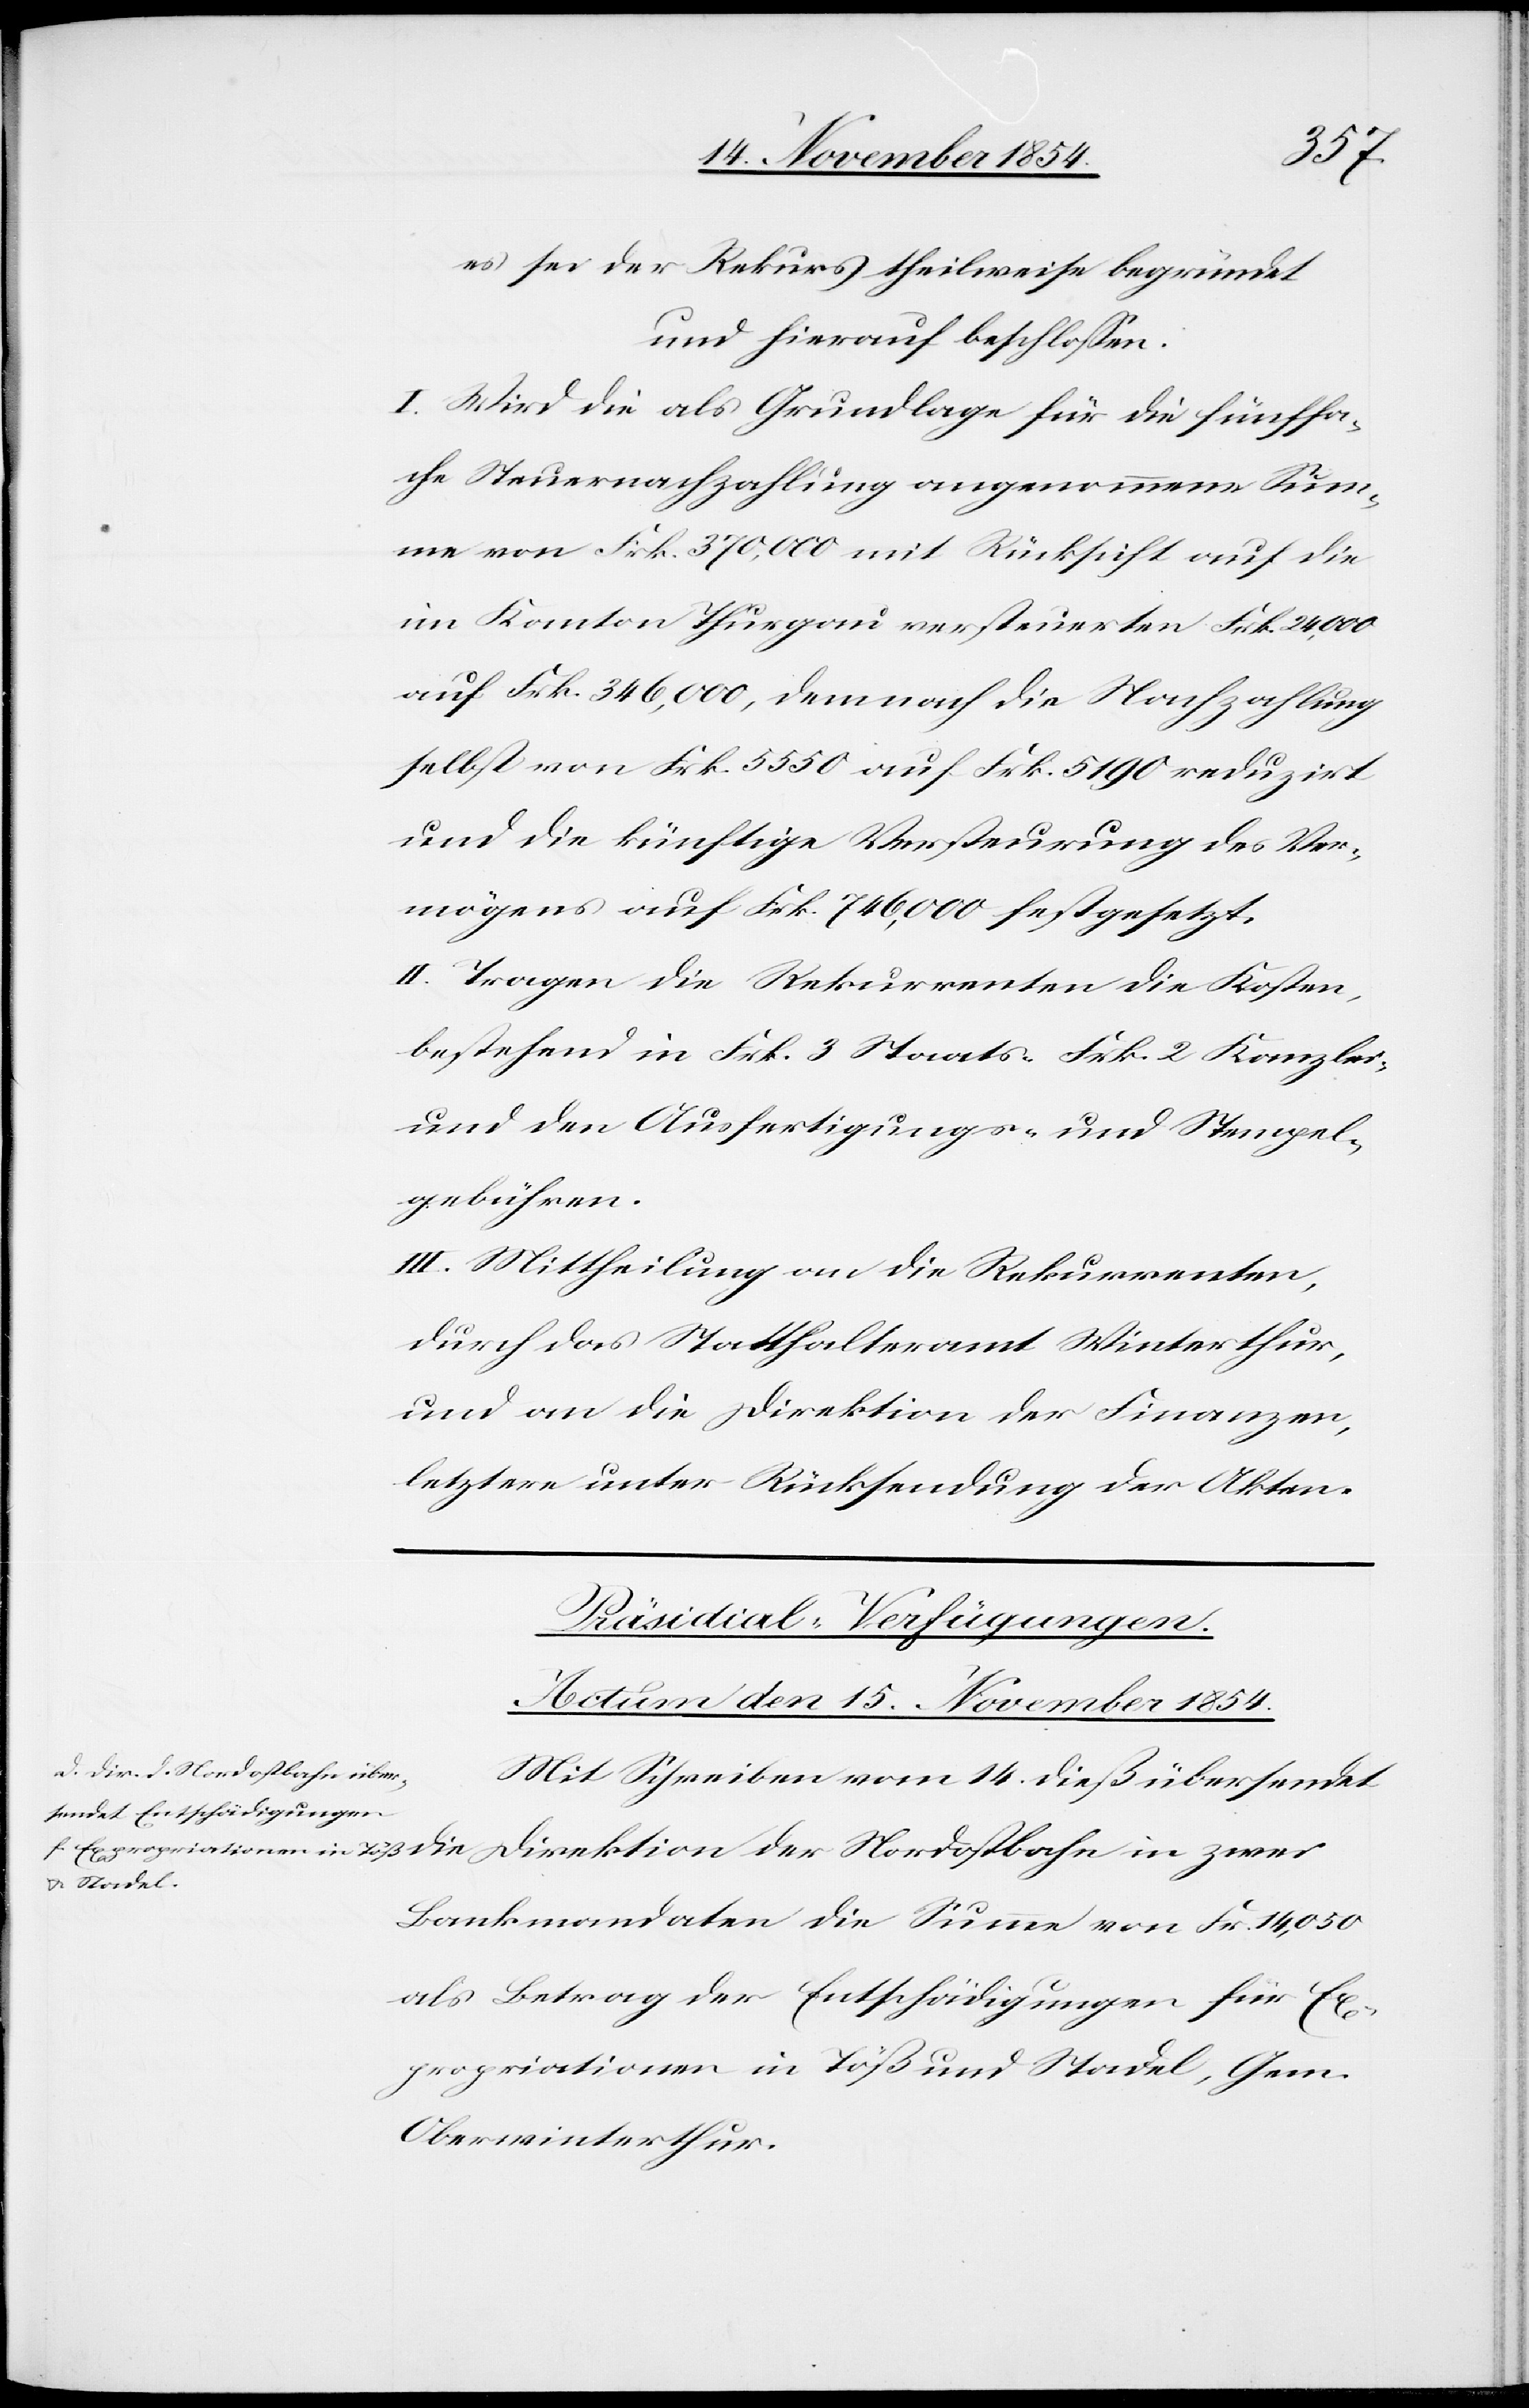
es sei der Rekurs theilweise begründet
und hierauf beschloßen:
I. Wird die als Grundlage für die fünffa¬
che Steuernachzahlung angenommene Sum¬
me von Frk. 370,000 mit Rücksicht auf die
im Kanton Thurgau versteuerten Frk. 24,000
auf Frk. 346,000, demnach die Nachzahlung
selbst von Frk. 5550 auf Frk. 5190 reduzirt
und die künftige Versteurung auf Fr¬
II. Tragen die Rekurrenten die Kosten,
bestehend in Frk. 3 Staats-[,] Frk. 2 Kanzlei,
und den Ausfertigungs- und Stempel¬
gebühren.
III. Mittheilung an die Rekurrenten,
und an die Direktion der Finanzen,
letztere unter Rücksendung der Akten.
Präsidial-Verfügungen.
Actum den 15. November 1854.
Mit Schreiben vom 14. dieß übersendet
zwei
Bankmandaten die Summe von Fr. 14,050
als Betrag der Entschädigungen für Ex¬
propriationen in Töß und Stadel, Gem.
Oberwinterthur.